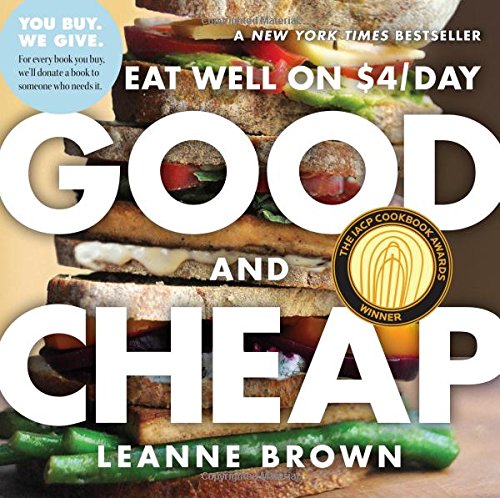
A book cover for Good and Cheap: Eat Well on $4/Day; Leanne Brown; Cookbooks, Food & Wine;